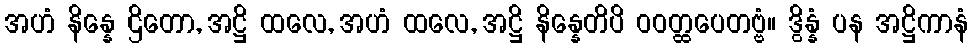
အဟံ နိန္နေ ဌိတော, အဋ္ဌိ ထလေ, အဟံ ထလေ, အဋ္ဌိ နိန္နေတိပိ ဝဝတ္ထပေတဗ္ဗံ။ ဒွိန္နံ ပန အဋ္ဌိကာနံ